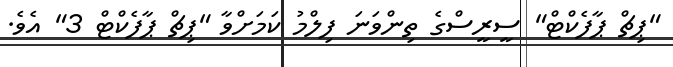
"ޕިޗް ޕާފެކްޓް" ސީރީސްގެ ތިންވަނަ ފިލްމު ކަމަށްވާ "ޕިޗް ޕާފެކްޓް 3" އެވެ.